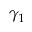
\gamma _ { 1 }